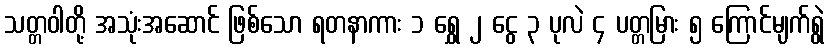
သတ္တဝါတို့ အသုံးအဆောင် ဖြစ်သော ရတနာကား ၁ ရွှေ ၂ ငွေ ၃ ပုလဲ ၄ ပတ္တမြား ၅ ကြောင်မျက်ရွဲ